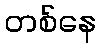
တစ်နေ